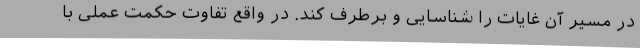
در مسیر آن غایات را شناسایی و برطرف کند. در واقع تفاوت حکمت عملی با